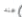
عندا